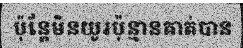
ប៉ុន្តែមិនយូរប៉ុន្មានគាត់បាន